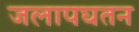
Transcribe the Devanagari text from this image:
जलापघतन